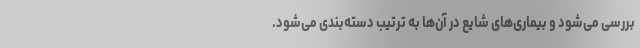
بررسی می‌شود و بیماری‌های شایع در آن‌ها به ترتیب دسته‌بندی می‌شود.